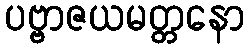
ပဗ္ဗာဇယမတ္တနော